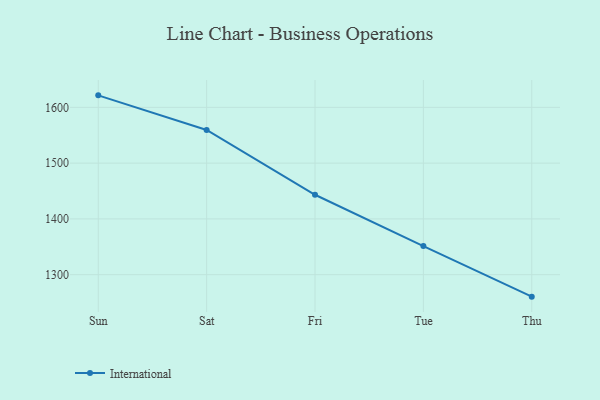
{"axis": {"x": "Day", "y": "Production Output"}, "legend": ["International"], "data": [{"x": "Sun", "y": 1621.5, "type": "International"}, {"x": "Sat", "y": 1559.5, "type": "International"}, {"x": "Fri", "y": 1443.3, "type": "International"}, {"x": "Tue", "y": 1351.2, "type": "International"}, {"x": "Thu", "y": 1260.6, "type": "International"}]}